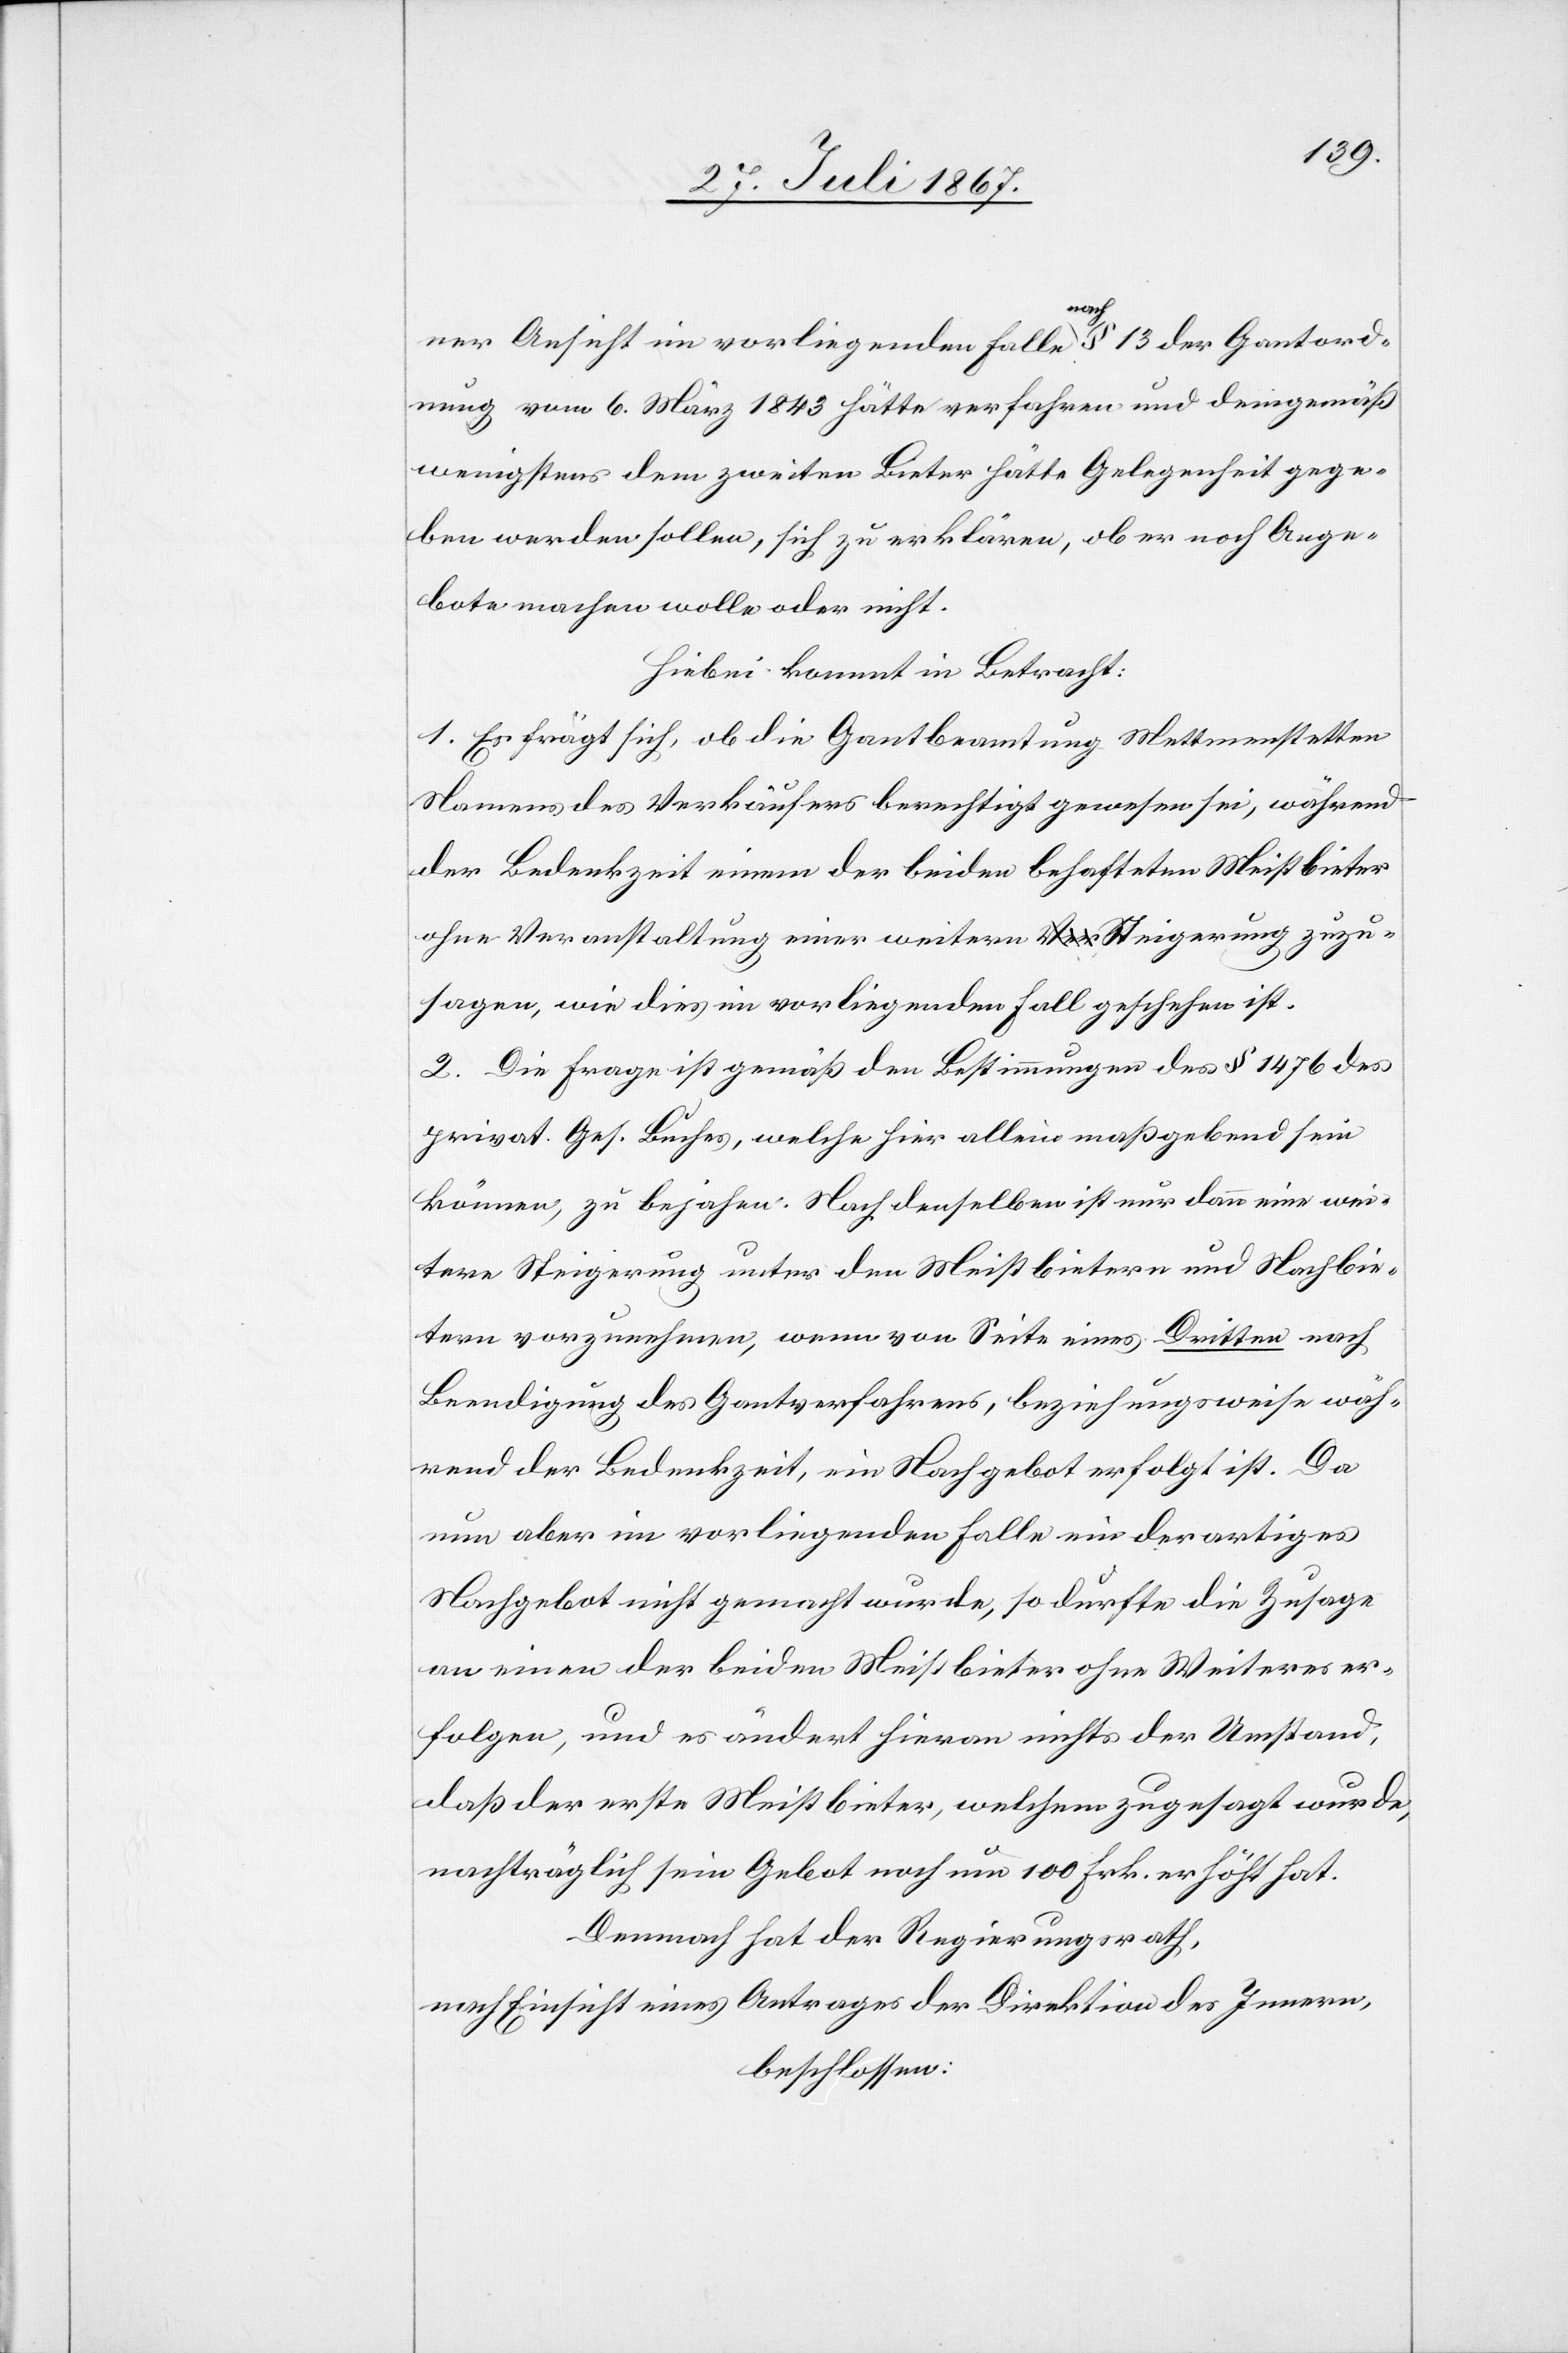
ner Ansicht im vorliegenden Falle nach § 13 der Gantverord¬
nung vom 6. März 1843 hätte verfahren und demgemäß
wenigstens dem zweiten Bieter hätte Gelegenheit gege¬
ben werden sollen, sich zu erklären, ob er noch Ange¬
bote machen wolle oder nicht.
Hiebei kommt in Betracht:
1. Es frägt sich, ob die Gantbeamtung Mettmenstetten
Namens des Verkäufers berechtigt gewesen sei, während
der Bedenkzeit einem der beiden behafteten Meistbieter
ohne Veranstaltung einer weitern Steigerung zuzu¬
sagen, wie dies im vorliegenden Fall geschehen ist.
2. Die Frage ist gemäß den Bestimmungen des § 1476 des
privat. Ges. Buches, welche hier allein maßgebend sein
könne, zu bejahen. Nach denselben ist nur dann eine wei¬
tere Steigerung unter den Meistbietern und Nachbie¬
tern vorzunehmen, wenn von Seite eines Dritten nach
Beendigung des Gantverfahrens, beziehungsweise wäh¬
rend der Bedenkzeit, ein Nachgebot erfolgt ist. Da
nun aber im vorliegenden Falle ein derartiges
Nachgebot nicht gemacht wurde, so durfte die Zusage
an einen der beiden Meistbieter ohne Weiteres er¬
folgen, und es ändert hieran nichts der Umstand,
daß der erste Meistbieter, welchem zugesagt wurde,
nachträglich sein Gebot noch um 100 Frk. erhöht hat.
Demnach hat der Regierungsrath,
nach Einsicht eines Antrages der Direktion des Innern,
beschlossen: